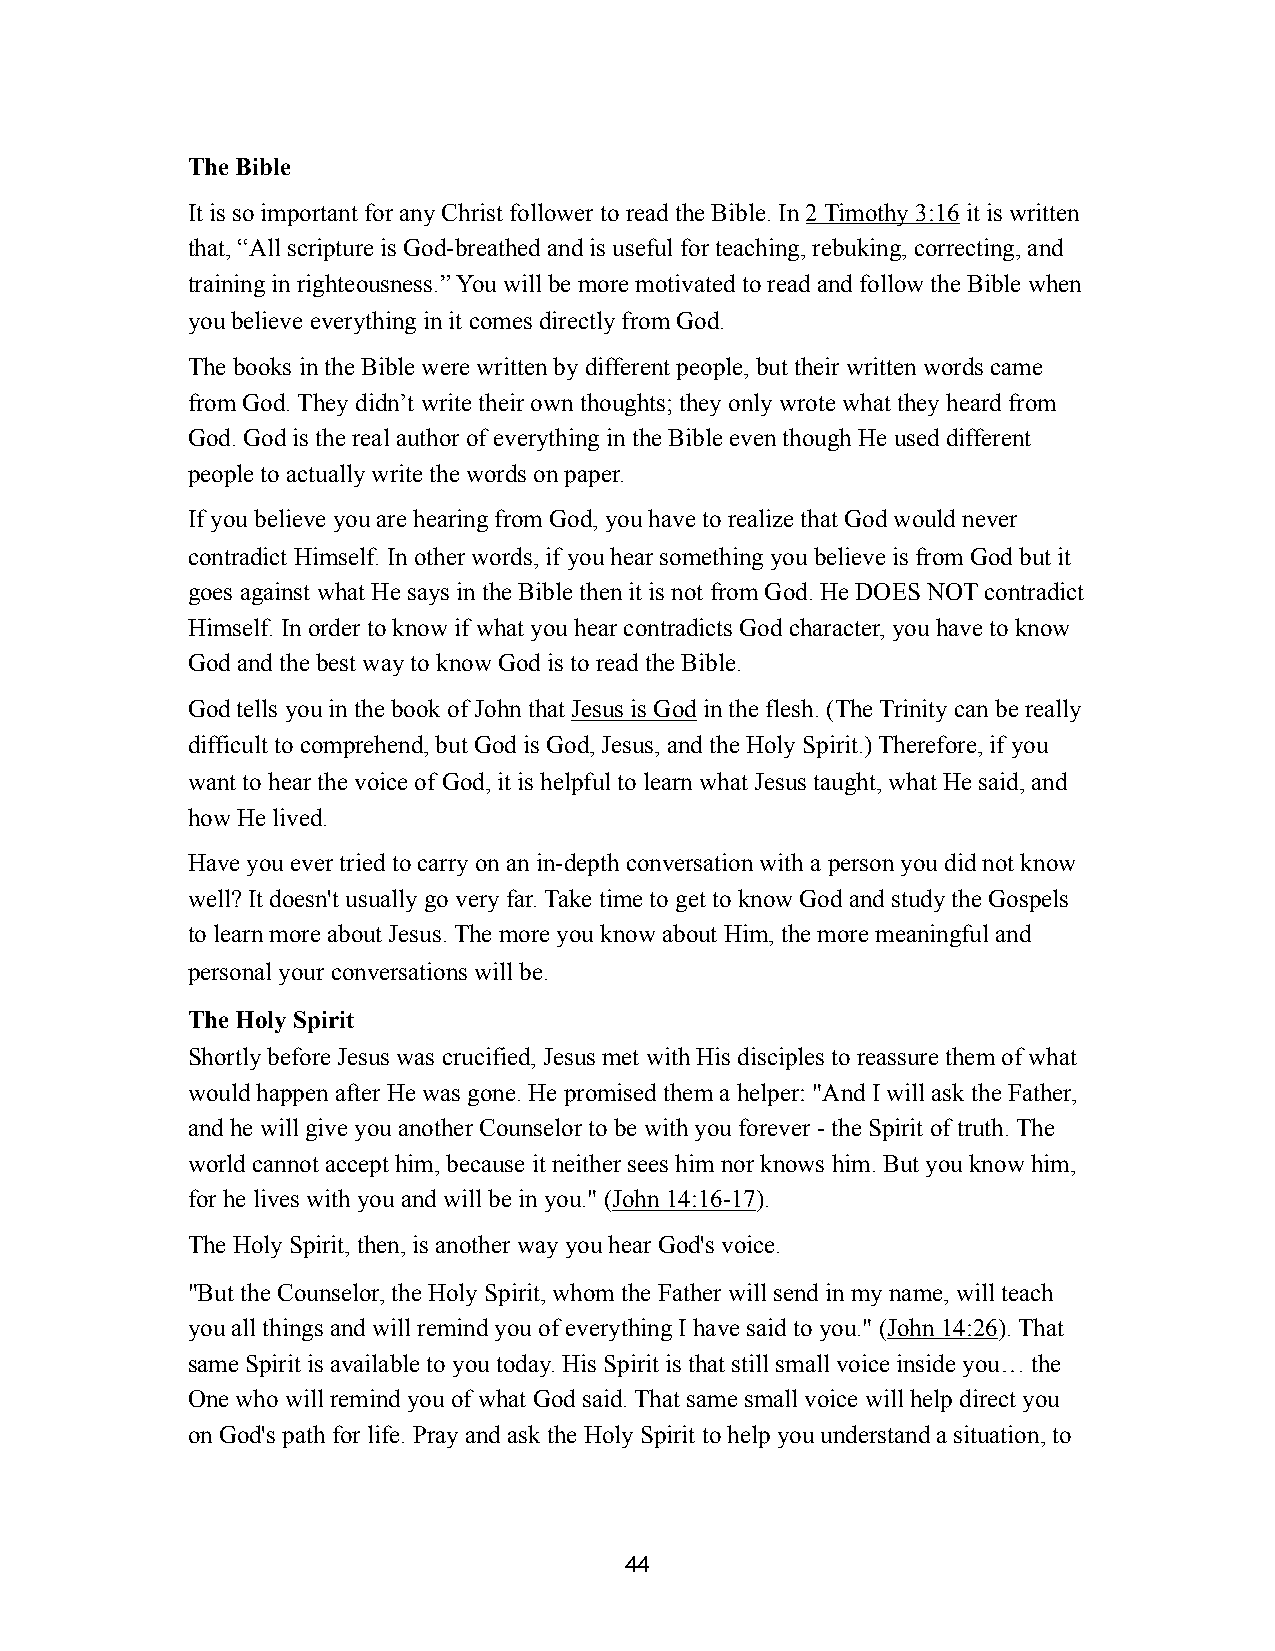
The Bible
 It is so important for any Christ follower to read the Bible. In 2 Timothy 3:16 it is written
 that, “All scripture is God-breathed and is useful for teaching, rebuking, correcting, and
 training in righteousness.” You will be more motivated to read and follow the Bible when
 you believe everything in it comes directly from God.
 The books in the Bible were written by different people, but their written words came
 from God. They didn’t write their own thoughts; they only wrote what they heard from
 God. God is the real author of everything in the Bible even though He used different
 people to actually write the words on paper.
 If you believe you are hearing from God, you have to realize that God would never
 contradict Himself. In other words, if you hear something you believe is from God but it
 goes against what He says in the Bible then it is not from God. He DOES NOT contradict
 Himself. In order to know if what you hear contradicts God character, you have to know
 God and the best way to know God is to read the Bible.
 God tells you in the book of John that Jesus is God in the flesh. (The Trinity can be really
 difficult to comprehend, but God is God, Jesus, and the Holy Spirit.) Therefore, if you
 want to hear the voice of God, it is helpful to learn what Jesus taught, what He said, and
 how He lived.
 Have you ever tried to carry on an in-depth conversation with a person you did not know
 well? It doesn't usually go very far. Take time to get to know God and study the Gospels
 to learn more about Jesus. The more you know about Him, the more meaningful and
 personal your conversations will be.
 The Holy Spirit
 Shortly before Jesus was crucified, Jesus met with His disciples to reassure them of what
 would happen after He was gone. He promised them a helper: "And I will ask the Father,
 and he will give you another Counselor to be with you forever - the Spirit of truth. The
 world cannot accept him, because it neither sees him nor knows him. But you know him,
 for he lives with you and will be in you." (John 14:16-17).
 The Holy Spirit, then, is another way you hear God's voice.
 "But the Counselor, the Holy Spirit, whom the Father will send in my name, will teach
 you all things and will remind you of everything I have said to you." (John 14:26). That
 same Spirit is available to you today. His Spirit is that still small voice inside you… the
 One who will remind you of what God said. That same small voice will help direct you
 on God's path for life. Pray and ask the Holy Spirit to help you understand a situation, to
 44